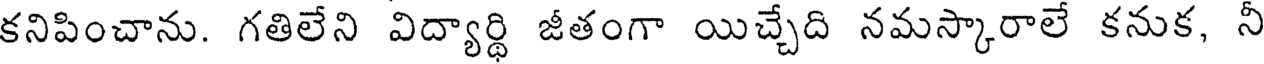
కనిపించాను. గతిలేని విద్యార్థి జీతంగా యిచ్చేది నమస్కారాలే కనుక, నీ